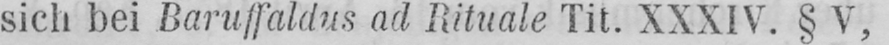
sich bei Baruffaldus ad Rituale Tit. XXXIV. § V,